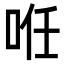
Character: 𠲏